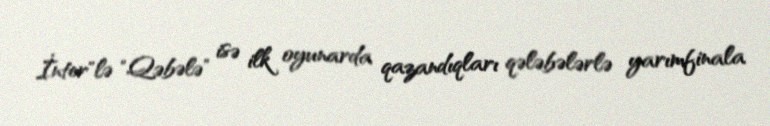
İnter"lə "Qəbələ" isə ilk oyunarda qazandıqları qələbələrlə yarımfinala